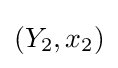
(Y_{2},x_{2})